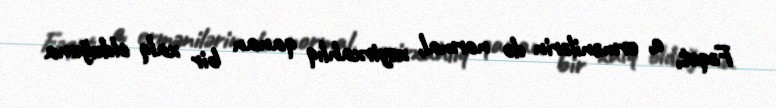
Fəqət, o, ermənilərin də normal, xeyirxahlıq qanan bir xalq olduğuna